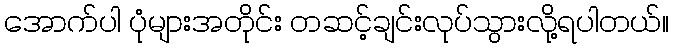
အောက်ပါ ပုံများအတိုင်း တဆင့်ချင်းလုပ်သွားလို့ရပါတယ်။